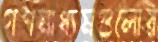
গণমাধ্যমগুলোর